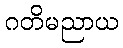
ဂတိမညာယ